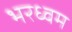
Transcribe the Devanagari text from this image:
भरध्वम